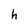
Character: h